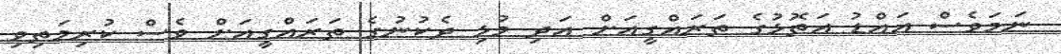
ނަމަވެސް އައްޑު އަތޮޅުގެ ތަރައްގީއަށް އަދި މުޅި ދެކުނުގެ ތަރައްގީއަށް ވެސް ކުރިމަތިވި